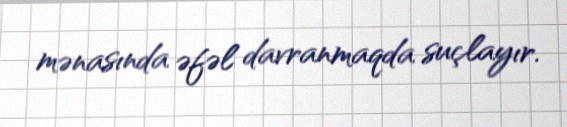
mənasında əfəl davranmaqda suçlayır.